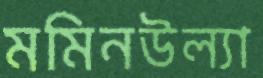
মমিনউল্যা